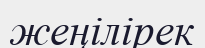
жеңілірек